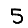
Digit: 5